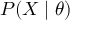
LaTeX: P ( X \mid \theta )